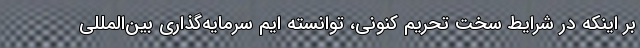
بر اینکه در شرایط سخت تحریم کنونی، توانسته ایم سرمایه‌گذاری بین‌المللی